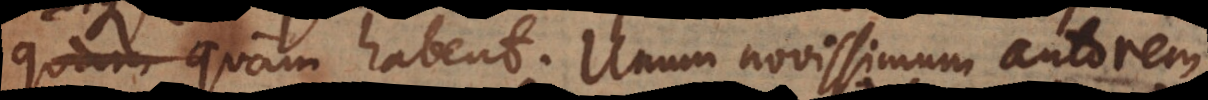
quam habent. Unum novissimum autorem